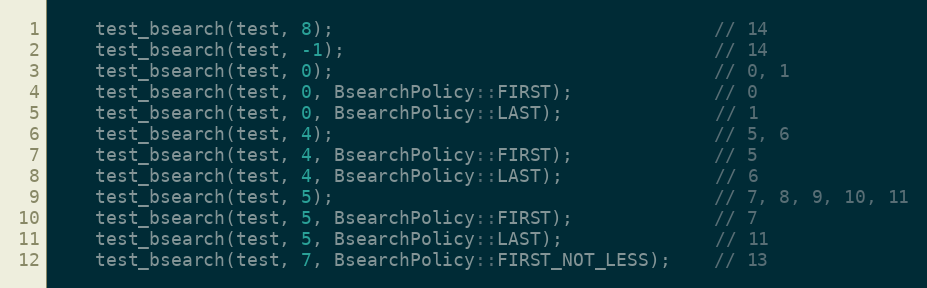
Language: C++
    test_bsearch(test, 8);                                   // 14
    test_bsearch(test, -1);                                  // 14
    test_bsearch(test, 0);                                   // 0, 1
    test_bsearch(test, 0, BsearchPolicy::FIRST);             // 0
    test_bsearch(test, 0, BsearchPolicy::LAST);              // 1
    test_bsearch(test, 4);                                   // 5, 6
    test_bsearch(test, 4, BsearchPolicy::FIRST);             // 5
    test_bsearch(test, 4, BsearchPolicy::LAST);              // 6
    test_bsearch(test, 5);                                   // 7, 8, 9, 10, 11
    test_bsearch(test, 5, BsearchPolicy::FIRST);             // 7
    test_bsearch(test, 5, BsearchPolicy::LAST);              // 11
    test_bsearch(test, 7, BsearchPolicy::FIRST_NOT_LESS);    // 13